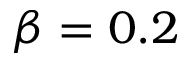
\beta = 0 . 2